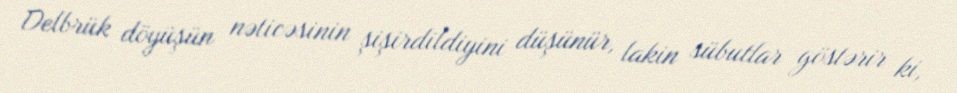
Delbrük döyüşün nəticəsinin şişirdildiyini düşünür, lakin sübutlar göstərir ki,